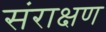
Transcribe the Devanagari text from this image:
संराक्षण